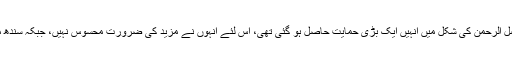
شاید اس کی وجہ یہ ہو کہ خیبر پختونخواہ سے مولانا فضل الرحمن کی شکل میں انہیں ایک بڑی حمایت حاصل ہو گئی تھی، اس لئے انہوں نے مزید کی ضرورت محسوس نہیں، جبکہ سندھ میں حمایت کے لئے ایم کیو ایم کا سہارا لینا ضروری تھا۔